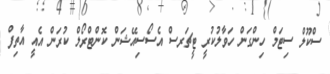
ސްކޫލް ސިޓަމް ހިންގަން ހަވާލުކުރީ ޓީޗަރސް އެސޯސިއޭޝަން ކޮންޓްރޯލް ކުރަން އެއީ އާތިފް